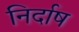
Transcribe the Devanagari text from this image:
निर्दाष